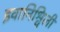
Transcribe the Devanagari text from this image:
इवानिश्विली